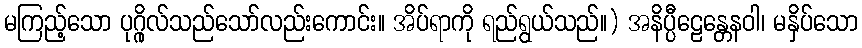
မကြည့်သော ပုဂ္ဂိုလ်သည်သော်လည်းကောင်း။ အိပ်ရာကို ရည်ရွယ်သည်။) အနိပ္ပီဠေန္တေနဝါ၊ မနှိပ်သော